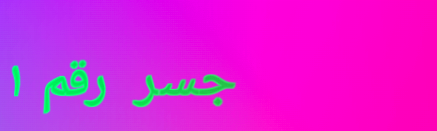
جسر رقم ١